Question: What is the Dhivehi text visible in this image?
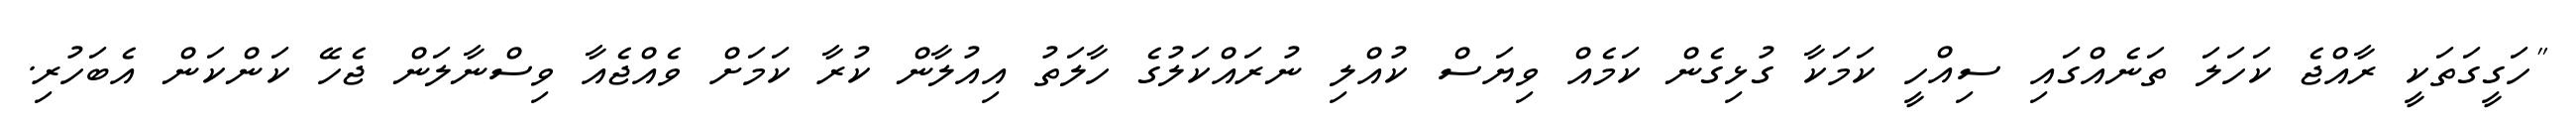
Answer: "ހަގީގަތަކީ ރާއްޖެ ކަހަލަ ތަނެއްގައި ސިއްހީ ކަމަކާ ގުޅިގެން ކަމެއް ވިޔަސް ކުއްލި ނުރައްކަލުގެ ހާލަތު އިއުލާން ކުރާ ކަމަށް ވެއްޖެއާ ވިސްނާލަން ޖެހޭ ކަންކަން އެބަހުރި.